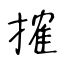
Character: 搉